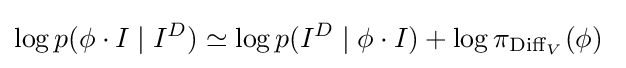
\log p(\phi \cdot I\mid I^{D})\simeq \log p(I^{D}\mid \phi \cdot I)+\log \pi _{\operatorname {Diff} _{V}}(\phi )\